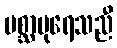
ပစ္ဆာပုရေသညီ